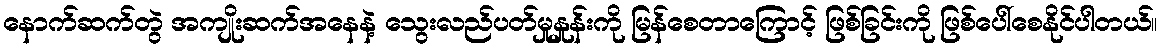
နောက်ဆက်တွဲ အကျိုးဆက်အနေနဲ့ သွေးလည်ပတ်မှုနှုန်းကို မြန်စေတာကြောင့် ဖြစ်ခြင်းကို ဖြစ်ပေါ်စေနိုင်ပါတယ်။